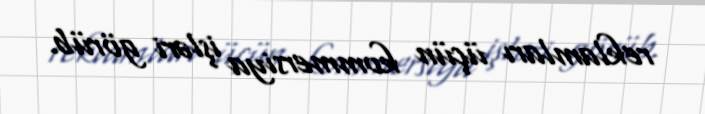
reklamları üçün kommersiya işləri görüb.